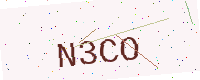
Text: N3CO